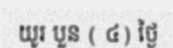
យូរ បួន ( ៤) ថ្ងៃ